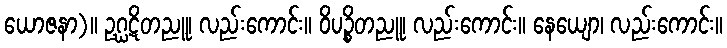
ယောဇနာ)။ ဥဂ္ဃဋိတညူ၊ လည်းကောင်း။ ဝိပဉ္စိတညူ၊ လည်းကောင်း။ နေယျော၊ လည်းကောင်း။